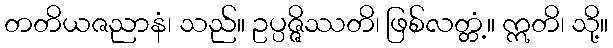
တတိယဇညာနံ၊ သည်။ ဥပ္ပဇ္ဇိဿတိ၊ ဖြစ်လတ္တံ့။ ဣတိ၊ သို့။